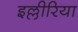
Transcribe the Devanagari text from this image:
इल्लीरिया